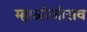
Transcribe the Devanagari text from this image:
म्हाळोजीराव